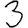
Digit: 3